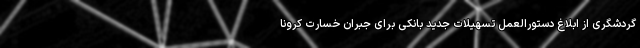
گردشگری از ابلاغ دستورالعمل تسهیلات جدید بانکی برای جبران خسارت کرونا